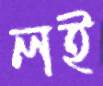
লই